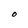
Character: O